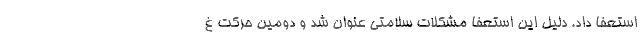
استعفا داد. دلیل این استعفا مشکلات سلامتی عنوان شد و دومین حرکت غ